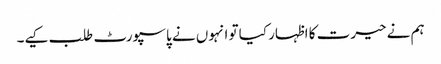
ہم نے حیرت کا اظہار کیا تو انہوں نے پاسپورٹ طلب کیے۔